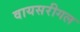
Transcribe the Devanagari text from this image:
वायसरीगल